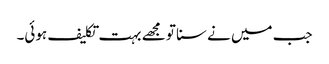
جب میں نے سنا تو مجھے بہت تکلیف ہوئی۔